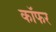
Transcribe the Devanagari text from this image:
कॉफर